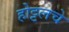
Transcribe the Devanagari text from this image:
होट्टलचे